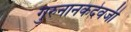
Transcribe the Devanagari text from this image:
गुरुनानकदेवजी